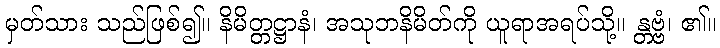
မှတ်သား သည်ဖြစ်၍။ နိမိတ္တဋ္ဌာနံ၊ အသုဘနိမိတ်ကို ယူရာအရပ်သို့။ န္တဗ္ဗံ၊ ၏။